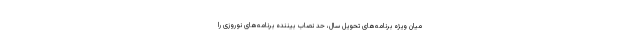
میان ویژه برنامه‌های تحویل سال، حد نصاب بیننده برنامه‌های نوروزی را